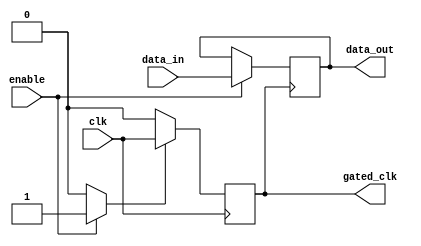
module dynamic_clock_gating (
    input wire clk,                // Main clock signal
    input wire enable,             // Enable signal for clock gating
    input wire [7:0] data_in,      // Data input for memory
    output reg [7:0] data_out,     // Data output from memory
    output reg gated_clk           // Gated clock output
);

// Internal signals
reg clk_enable;                  // Internal clock enable signal

// Clock gating logic
always @(*) begin
    if (enable) begin
        clk_enable = 1'b1;        // Pass the clock if enabled
    end else begin
        clk_enable = 1'b0;        // Disable the clock if not enabled
    end
end

// Gated clock generation
always @(posedge clk) begin
    if (clk_enable) begin
        gated_clk <= clk;         // Pass the main clock
    end else begin
        gated_clk <= 1'b0;        // Output low when clock is gated
    end
end

// Memory operation (example: simple register behavior)
always @(posedge gated_clk) begin
    // Memory write operation
    if (enable) begin
        data_out <= data_in;      // Write data to output when enabled
    end
end

endmodule